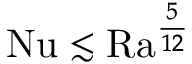
\mathrm { { N u } } \lesssim \mathrm { { R a } } ^ { \frac { 5 } { 1 2 } }